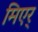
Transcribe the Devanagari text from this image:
मिएर्